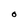
Character: O